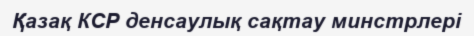
Қазақ КСР денсаулық сақтау минстрлері